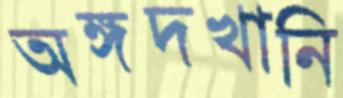
অঙ্গদখানি